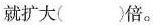
就扩大( )倍。